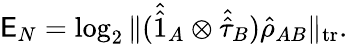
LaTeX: \mathsf{E}_{N}=\log_{2}\| (\hat{{\hat{{1}}}}_{A}\otimes\hat{{\hat{{\tau}}}}_{B})\hat{{\rho}}_{AB}\| _{\textrm{{tr}}}.